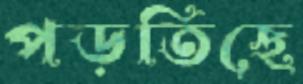
পড়তিছে